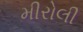
મીરોલી